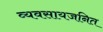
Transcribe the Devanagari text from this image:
व्यवसायजनित